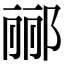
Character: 郦